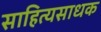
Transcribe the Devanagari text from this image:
साहित्यसाधक